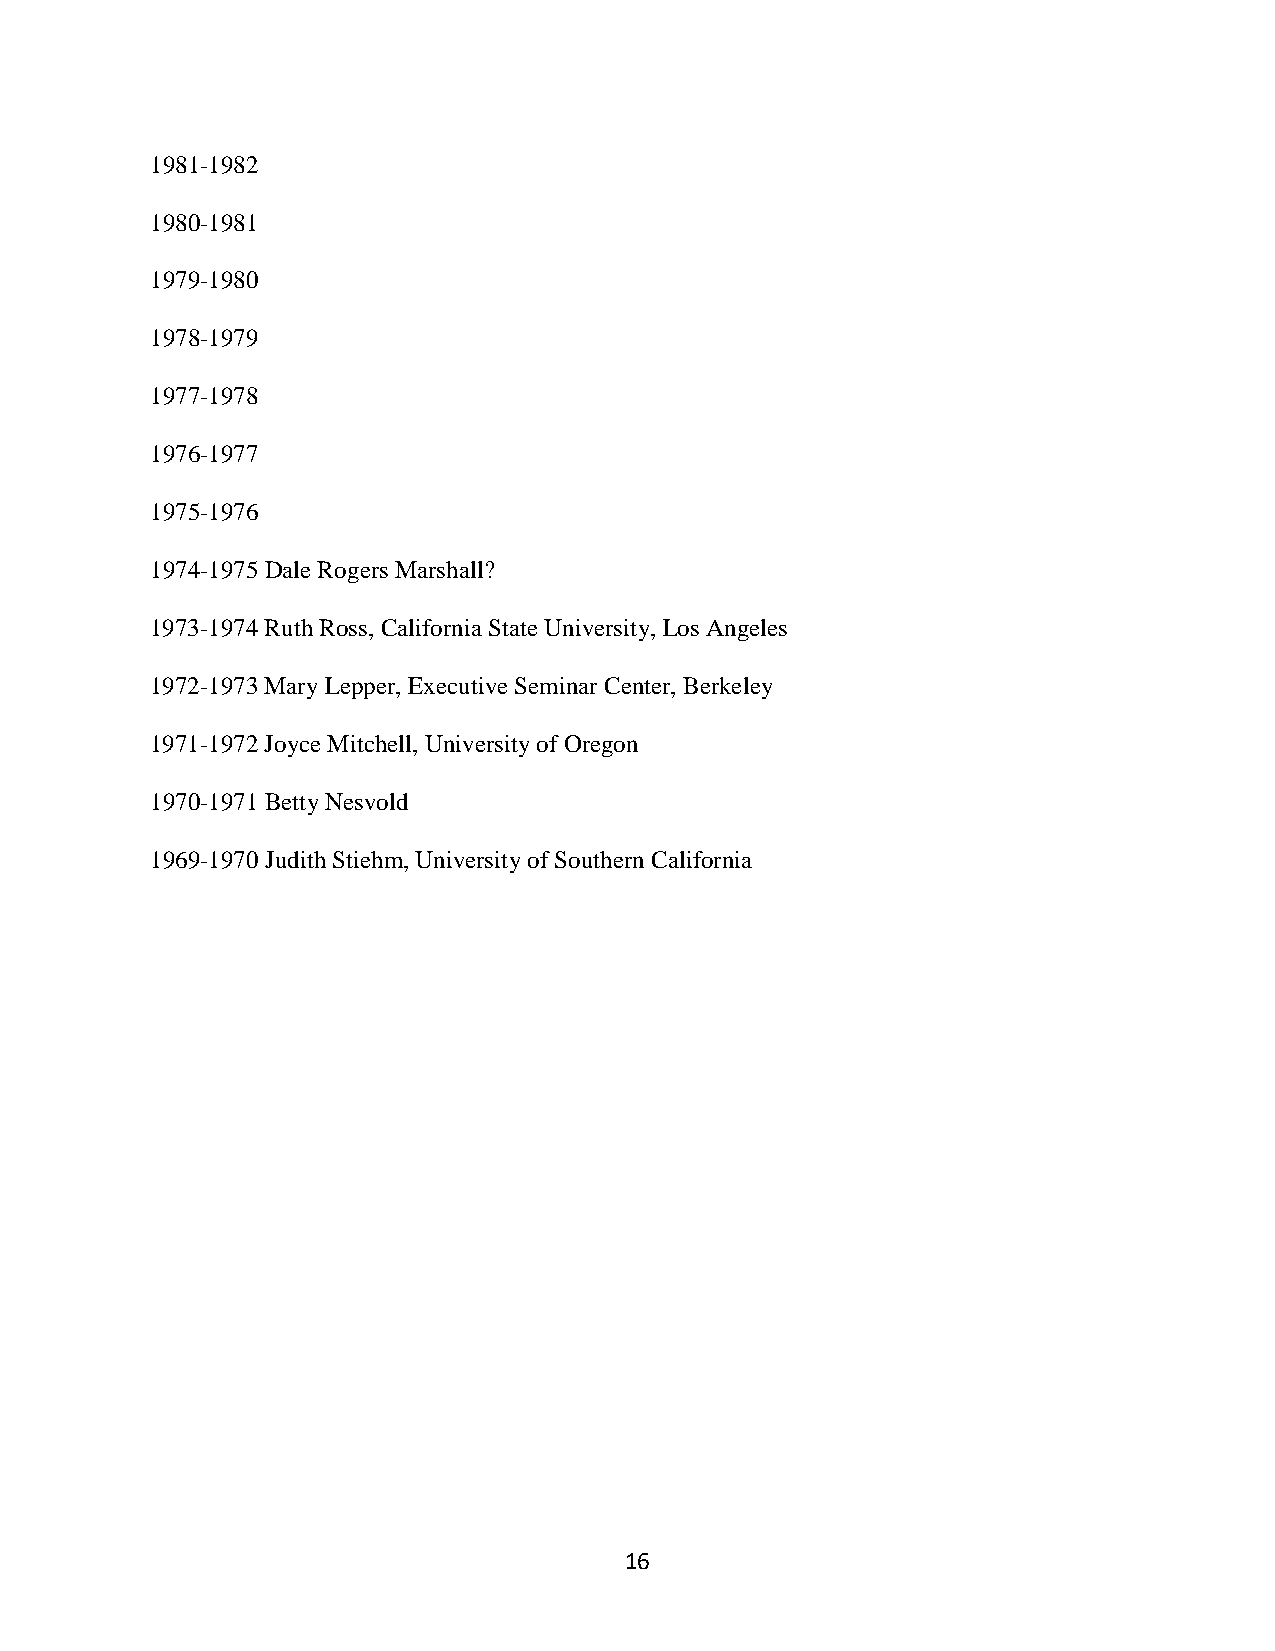
1981-1982
 1980-1981
 1979-1980
 1978-1979
 1977-1978
 1976-1977
 1975-1976
 1974-1975 Dale Rogers Marshall?
 1973-1974 Ruth Ross, California State University, Los Angeles
 1972-1973 Mary Lepper, Executive Seminar Center, Berkeley
 1971-1972 Joyce Mitchell, University of Oregon
 1970-1971 Betty Nesvold
 1969-1970 Judith Stiehm, University of Southern California
 16